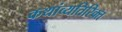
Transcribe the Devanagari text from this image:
कथांव्यतिरिक्त